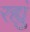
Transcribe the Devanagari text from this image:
रह्युं